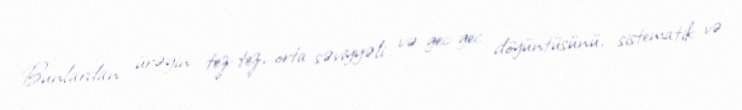
Bunlardan ürəyin tez-tez, orta səviyyəli və gec-gec döyüntüsünü, sistematik və